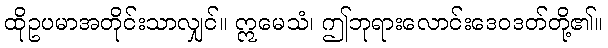
ထိုဥပမာအတိုင်းသာလျှင်။ ဣမေသံ၊ ဤဘုရားလောင်းဒေဝဒတ်တို့၏။